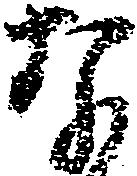
な